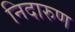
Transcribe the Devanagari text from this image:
निदारुण